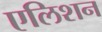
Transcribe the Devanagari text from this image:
एलिशन